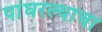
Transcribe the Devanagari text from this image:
पांघरल्याचा